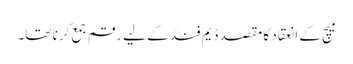
میچ کے انعقاد کا مقصد ڈیم فنڈ کے لیے رقم جمع کرنا تھا۔